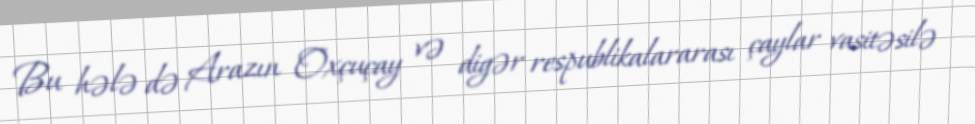
Bu hələ də Arazın Oxçuçay və digər respublikalararası çaylar vasitəsilə